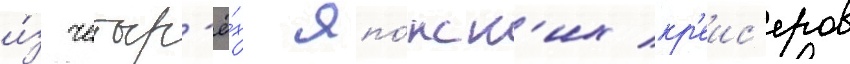
и́з четыр'ё́х япо́нск'их кр'еис'еров